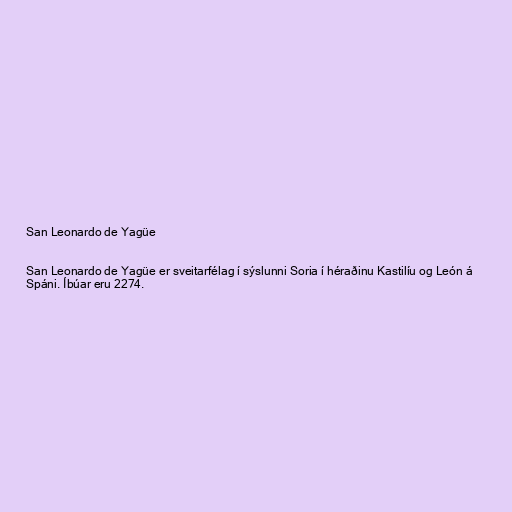
San Leonardo de Yagüe

San Leonardo de Yagüe er sveitarfélag í sýslunni Soria í héraðinu Kastilíu og León á
Spáni. Íbúar eru 2274.